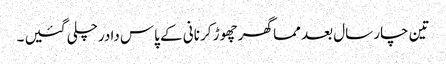
تین چار سال بعد مما گھر چھوڑ کر نانی کے پاس دادرچلی گئیں ۔